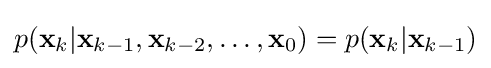
p({\textbf {x}}_{k}|{\textbf {x}}_{k-1},{\textbf {x}}_{k-2},\dots ,{\textbf {x}}_{0})=p({\textbf {x}}_{k}|{\textbf {x}}_{k-1})